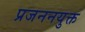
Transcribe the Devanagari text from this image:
प्रजननयुक्त